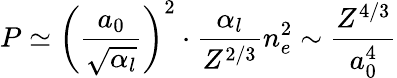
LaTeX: P\simeq\left(\frac{a_{0}}{\sqrt{\alpha_{l}}}\right)^{2}\cdot\frac{\alpha_{l}}{Z^{2/3}}n_{e}^{2}\sim\frac{Z^{4/3}}{a_{0}^{4}}